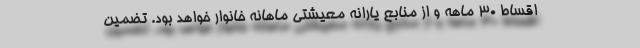
اقساط ۳۰ ماهه و از منابع یارانه معیشتی ماهانه خانوار خواهد بود. تضمین